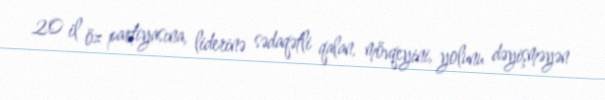
20 il öz partiyasına, liderinə sədaqətli qalan, mövqeyini, yolunu dəyişməyən